Vaccination in the Punjab 1919-1929 - 1919-1929
Year: 1919
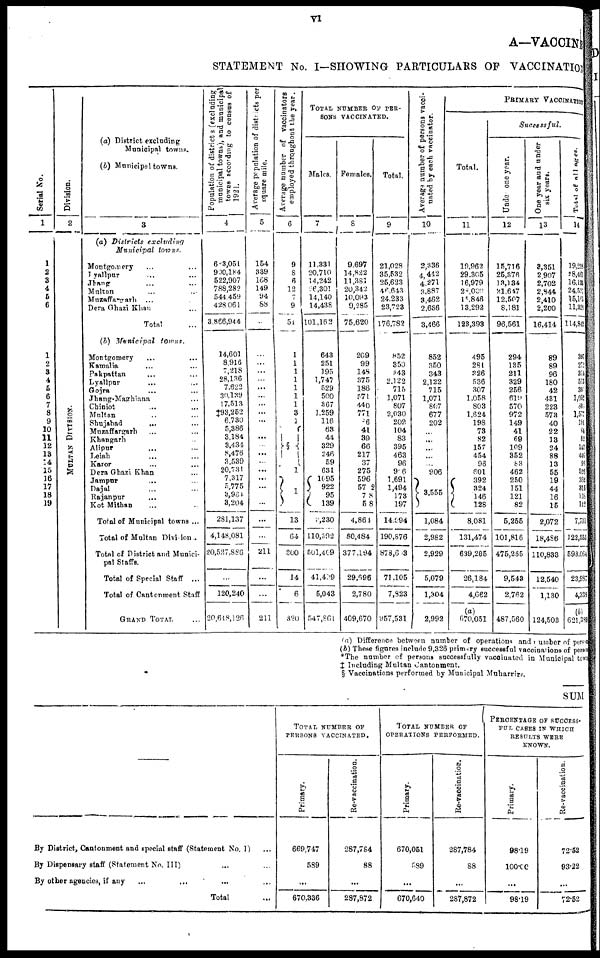
VI
A—VACCINE
STATEMENT No. I—SHOWING PARTICULARS OF VACCINATION
Serial No.
1
1
2
3
4
6
6
1
2
3
4
5
6
7
8
9
10
11
12
13
14
15
16
17
18
19
Division.
2
MULTAN DIVISION.
(a) District excluding
Municipal towns.
(b) Municipal towns.
3
(a) Districts
excluding
Municipal
towns.
Montgomery ... ...
Lyallpur ... ...
Jhang ... ...
Multan ... ...
Muzaffargarh ... ...
Dera Ghazi Khan ...
Total ...
(b) Municipal
towns.
Montgomery ... ...
Kamalia ... ...
Pakpattan ... ...
Lyallpur ... ...
Gojra ... ...
Jhang-Maghiana ...
Chiniot ... ...
Multan ... ...
Shujabad ... ...
Muzaffargarh ... ...
Khangarh ... ...
Alipur ... ...
Leiah ... ...
Karor ... ...
Dera Ghazi Khan ...
Jampur ... ...
Dajal ... ...
Rajanpur ... ...
Kot Mithan ... ...
Total of Municipal towns ...
Total of Multan Division ...
Total of District and Munici-
pal Staffs.
Total of Special Staff
...
Total of Cantonment Staff
GRAND TOTAL ...
Population of districts (excluding
municipal towns), and municipal
towns according to census of
1921.
4
683,051
900,184
522,907
788,282
544,459
428,061
3,866,944
14,601
8,916
7,218
28,136
7,622
30,139
17,513
‡93,252
6,730
5,386
3,184
3,434
8,476
3,539
20,731
7,317
5,775
3,964
3,204
281,137
4,148,081
20,527,886
120,240
20,648,126
Average population of districts per
square mile.
5
154
339
168
149
94
88
...
...
...
...
...
...
...
...
...
...
...
...
...
...
...
...
...
...
...
...
...
...
211
...
211
Average number of vaccinators
employed throughout the year.
6
9
8
6
12
7
9
51
1
1
1
1
1
1
1
3
1
§
1
1
13
64
300
14
6
320
TOTAL NUMBER OF PER-
SONS VACCINATED.
Males.
7
11,331
20,710
14,242
26,301
14,140
14,438
101,162
643
251
195
1,747
529
500
367
1,259
116
63
44
329
246
59
631
1095
922
95
139
9,230
110,392
501,409
41,409
5,043
547,861
Females.
8
9,697
14,822
11,381
20,342
10,093
9,285
75,620
209
99
148
375
186
571
440
771
86
41
39
66
217
37
275
596
572
78
58
4,864
80,484
377,194
29,696
2,780
409,670
Total.
9
21,028
35,532
25,623
48,643
24,233
23,723
176,782
852
350
343
2,122
715
1,071
807
2,030
202
104
83
395
463
96
956
1,691
1,494
173
197
14,094
190,876
878,603
71,105
7,823
957,531
Average number of persons vacci¬
nated by each vaccinator.
10
2,336
4,442
4,271
3,887
3,462
2,636
3,466
852
350
343
2,122
715
1,071
807
677
202
...
...
...
...
...
906
3,555
1,084
2,982
2,929
5,079
1,304
2,992
PRIMARY VACCINATION
Total.
11
19,962
29,305
16,979
28,000
15,846
13,292
123,393
495
281
326
536
307
1,058
803
1,624
198
73
82
157
454
96
601
392
324
146
128
8,081
131,474
639,265
26,184
4,662
(a)
670,051
Successful.
Under
one year.
12
15,716
25,376
13,134
21,647
12,507
8,181
96,561
294
135
211
329
256
619
570
972
149
41
69
109
352
83
462
250
151
121
82
5,255
101,816
475,255
9,543
2,762
487,560
One year and under
six years.
13
3,351
2,907
2,702
2,844
2,410
2,200
16,414
89
89
96
180
42
431
223
573
40
22
13
24
88
13
55
19
44
16
15
2,072
18,486
110,833
12,540
1,130
124,503
Total of all ages.
14
19,218
28,461
16,133
24,527
15,165
11,328
114,842
397
272
314
513
30
1,052
801
1,577
191
64
82
147
446
95
526
362
315
135
112
7,711
122,553
593,064
23,987
4,338
(b)
621,389
(a) Difference between number of operations and number of persons
(b) These figures include 9,326 primary successful vaccinations of persons
*The number of persons successfully vaccinated in Municipal towns
‡ Including Multan Cantonment.
§ Vaccinations performed by Municipal Muharrirs.
SUM
By District, Cantonment and special staff (Statement No. I) ...
By Dispensary staff (Statement No. III) ... ...
By other agencies, if any ... ... ...
Total ...
TOTAL NUMMER OF
PERSONS VACCINATED.
Primary.
669,747
589
...
670,336
Re-vaccination.
287,784
88
...
287,872
TOTAL NUMBER OF
OPERATIONS PERFORMED.
Primary.
670,051
589
...
670,640
Re-vaccination.
287,784
88
...
287,872
PERCENTAGE OF SUCCESS-
FUL CASES IN WHICH
RESULTS WERE
KNOWN.
Primary.
98.19
100.00
...
98.19
Re-vaccination.
72.52
93.22
...
72.52